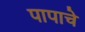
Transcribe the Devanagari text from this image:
पापाचे